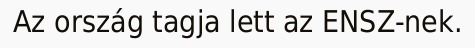
Az ország tagja lett az ENSZ-nek.